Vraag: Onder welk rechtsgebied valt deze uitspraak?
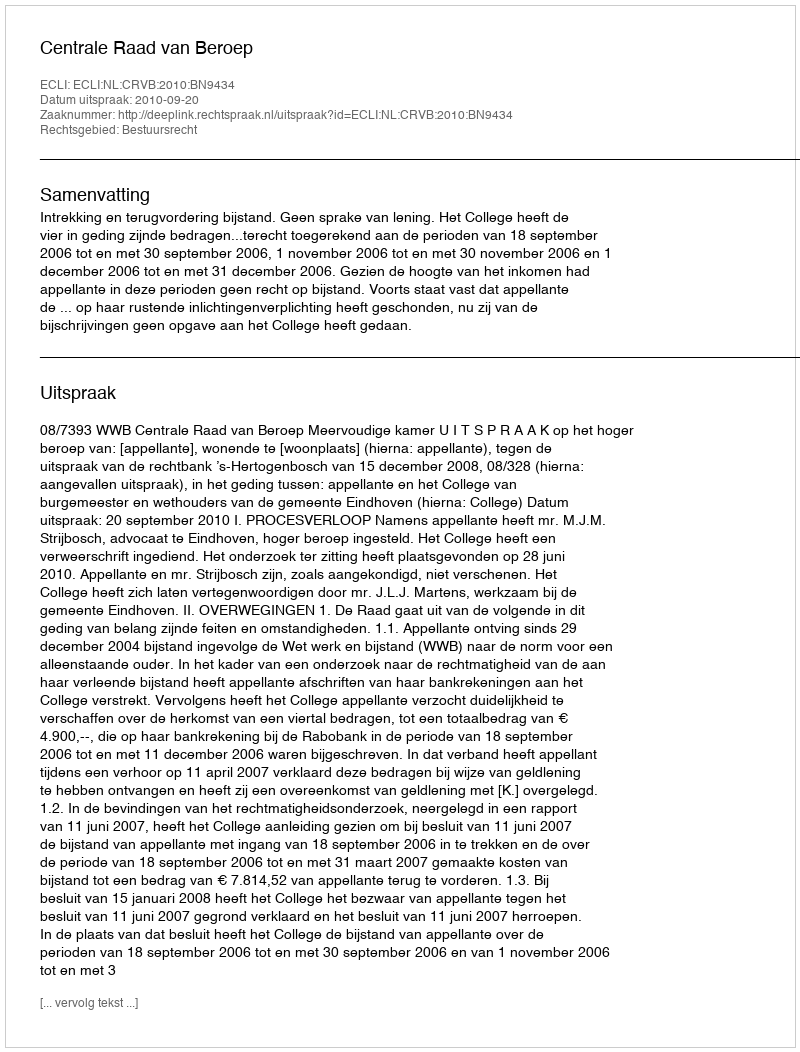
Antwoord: Bestuursrecht